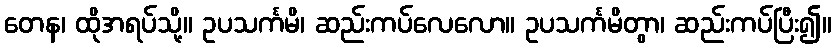
တေန၊ ထိုအရပ်သို့။ ဥပသင်္ကမိ၊ ဆည်းကပ်လေလော။ ဥပသင်္ကမိတွာ၊ ဆည်းကပ်ပြီး၍။